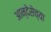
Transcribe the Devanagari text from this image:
आन्देसेच्या